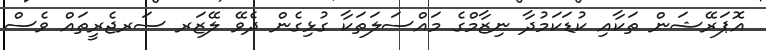
އޮޕަރޭޝަން ތަކާއި ކުޑަކަމުދާ ނިޒާމްގެ މައްސަލަތަކާ ގުޅިގެން ދެވޭ ލޭޒަރ ސަރޖެރީތައް ވެސް